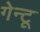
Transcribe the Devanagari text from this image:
गेन्टू